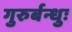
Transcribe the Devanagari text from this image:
गुरुर्बन्धुः